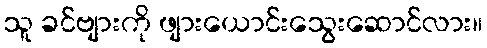
သူ ခင်ဗျားကို ဖျားယောင်းသွေးဆောင်လား။